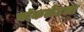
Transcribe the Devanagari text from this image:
चॉकलेटला